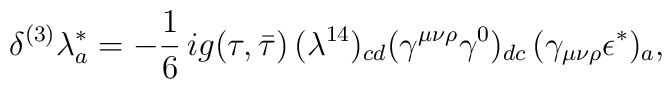
{\delta^{(3)} \lambda^*_a =- {1\over 6}\,i g(\tau,\bar\tau)\,  (\lambda^{14})_{cd}(\gamma^{\mu\nu\rho} \gamma^0)_{dc} \, (\gamma_{\mu\nu\rho} \epsilon^*)_a,}